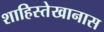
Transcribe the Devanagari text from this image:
शाहिस्तेखानास